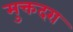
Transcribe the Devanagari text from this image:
मुक्तदरा